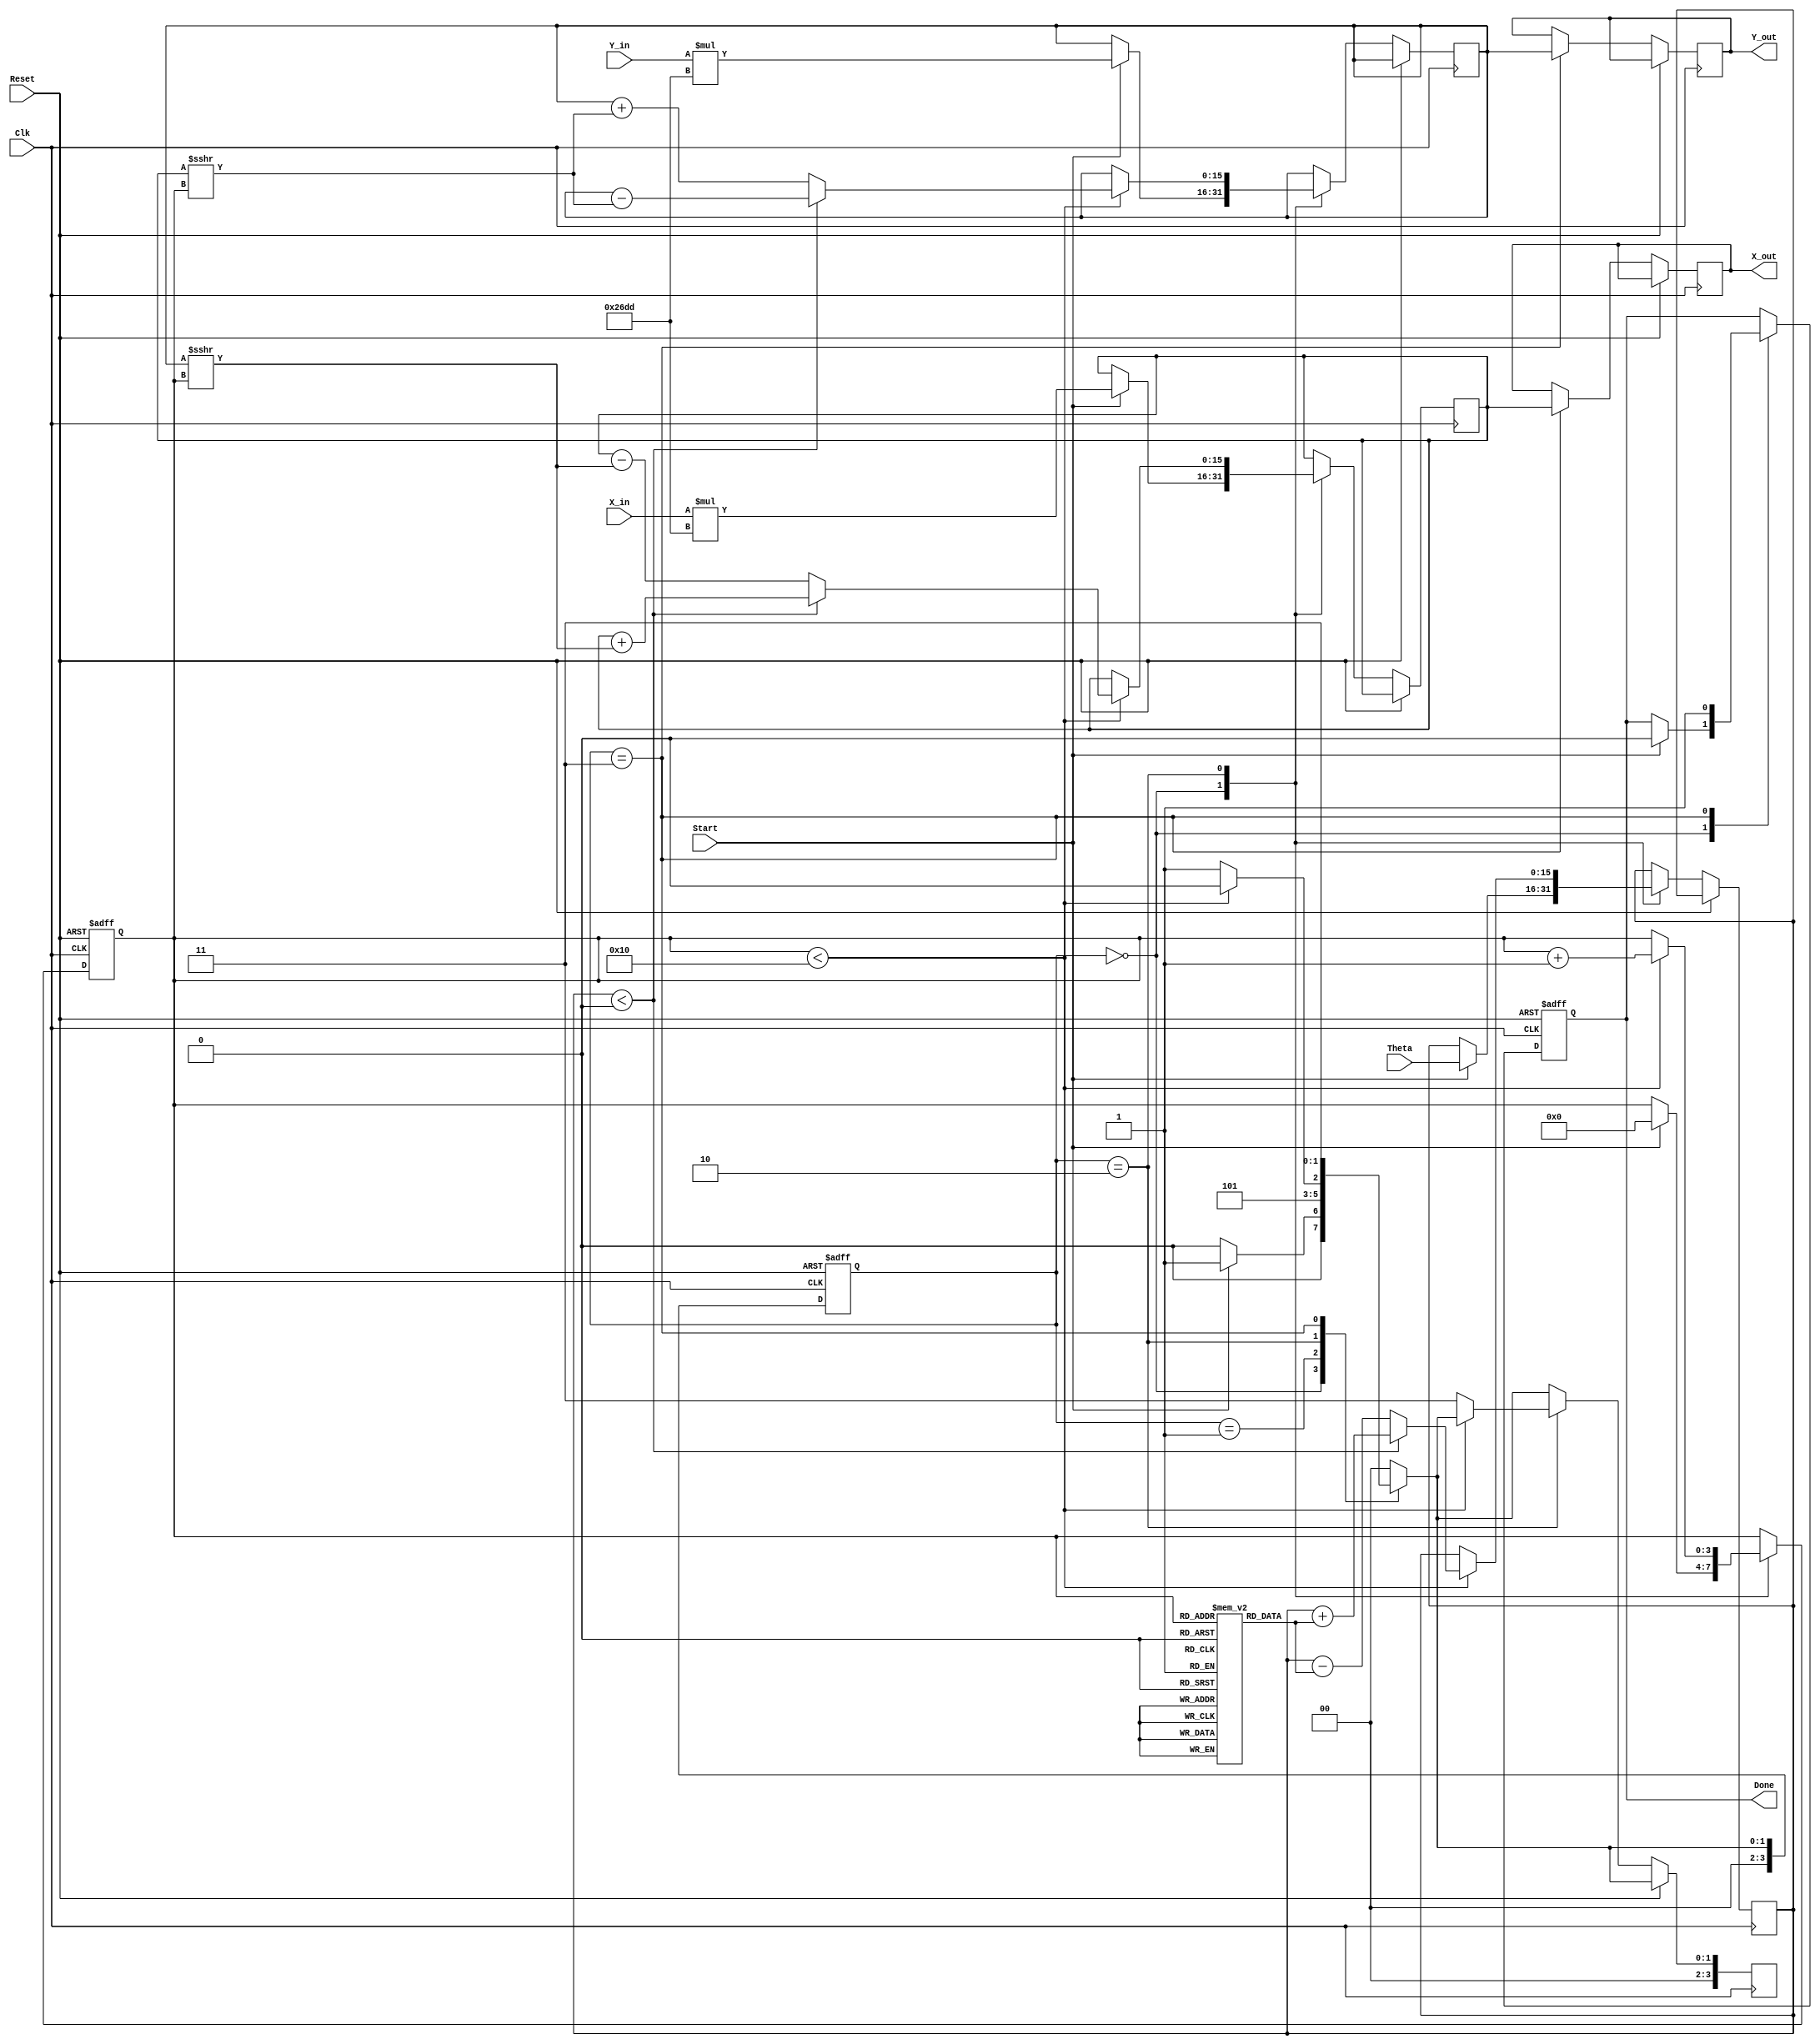
module cordic_rotational (
    input wire signed [15:0] X_in,      // Input X coordinate
    input wire signed [15:0] Y_in,      // Input Y coordinate
    input wire signed [15:0] Theta,      // Desired angle of rotation
    input wire Start,                    // Control signal to start computation
    input wire Clk,                      // Clock signal
    input wire Reset,                    // Asynchronous reset
    output reg signed [15:0] X_out,     // Output X coordinate
    output reg signed [15:0] Y_out,     // Output Y coordinate
    output reg Done                      // Completion signal
);

    // Internal registers
    reg signed [15:0] X_reg;
    reg signed [15:0] Y_reg;
    reg signed [15:0] Z_reg;
    reg [3:0] Iteration_count;
    reg [3:0] state; // State machine
    reg [3:0] next_state;

    // CORDIC gain compensation constant
    localparam signed [15:0] K = 16'h26DD; // Approximation for K = 0.6072 (fixed-point)

    // Lookup table for arctangent values (fixed-point representation)
    reg signed [15:0] atan_lut [0:15];
    initial begin
        atan_lut[0] = 16'h2000; // atan(2^0) = 0.7854 (in fixed-point)
        atan_lut[1] = 16'h1333; // atan(2^-1) = 0.4636
        atan_lut[2] = 16'h0A3D; // atan(2^-2) = 0.2449
        atan_lut[3] = 16'h0519; // atan(2^-3) = 0.1244
        atan_lut[4] = 16'h028B; // atan(2^-4) = 0.0624
        atan_lut[5] = 16'h0142; // atan(2^-5) = 0.0312
        atan_lut[6] = 16'h00A1; // atan(2^-6) = 0.0156
        atan_lut[7] = 16'h0051; // atan(2^-7) = 0.0078
        atan_lut[8] = 16'h0028; // atan(2^-8) = 0.0039
        atan_lut[9] = 16'h0014; // atan(2^-9) = 0.0019
        atan_lut[10] = 16'h000A; // atan(2^-10) = 0.0009
        atan_lut[11] = 16'h0005; // atan(2^-11) = 0.0005
        atan_lut[12] = 16'h0002; // atan(2^-12) = 0.0002
        atan_lut[13] = 16'h0001; // atan(2^-13) = 0.0001
        atan_lut[14] = 16'h0000; // atan(2^-14) = 0.0000
        atan_lut[15] = 16'h0000; // atan(2^-15) = 0.0000
    end

    // State encoding
    localparam IDLE = 0, INIT = 1, ITERATE = 2, DONE = 3;

    // Sequential logic for state machine
    always @(posedge Clk or posedge Reset) begin
        if (Reset) begin
            state <= IDLE;
            Done <= 0;
            Iteration_count <= 0;
        end else begin
            state <= next_state;
            case (state)
                IDLE: begin
                    if (Start) begin
                        // Initialize registers and start iteration
                        X_reg <= X_in * K; // Apply gain compensation
                        Y_reg <= Y_in * K; // Apply gain compensation
                        Z_reg <= Theta;
                        Iteration_count <= 0;
                        Done <= 0;
                    end
                end
                ITERATE: begin
                    if (Iteration_count < 16) begin
                        // Perform CORDIC iteration
                        if (Z_reg < 0) begin
                            // Rotate clockwise
                            X_reg <= X_reg + (Y_reg >>> Iteration_count);
                            Y_reg <= Y_reg - (X_reg >>> Iteration_count);
                            Z_reg <= Z_reg + atan_lut[Iteration_count];
                        end else begin
                            // Rotate counterclockwise
                            X_reg <= X_reg - (Y_reg >>> Iteration_count);
                            Y_reg <= Y_reg + (X_reg >>> Iteration_count);
                            Z_reg <= Z_reg - atan_lut[Iteration_count];
                        end
                        Iteration_count <= Iteration_count + 1;
                    end else begin
                        // Move to DONE state after iterations
                        next_state <= DONE;
                    end
                end
                DONE: begin
                    // Update outputs and signal completion
                    X_out <= X_reg;
                    Y_out <= Y_reg;
                    Done <= 1;
                end
            endcase
        end
    end

    // Combinational logic for next state
    always @(*) begin
        case (state)
            IDLE: next_state = Start ? INIT : IDLE;
            INIT: next_state = ITERATE;
            ITERATE: next_state = (Iteration_count < 16) ? ITERATE : DONE;
            DONE: next_state = DONE; // Stay in DONE state
            default: next_state = IDLE;
        endcase
    end

endmodule